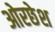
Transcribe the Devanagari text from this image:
ओरछेश